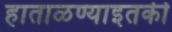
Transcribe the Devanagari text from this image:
हाताळण्याइतकी